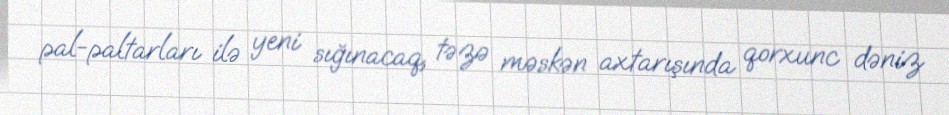
pal-paltarları ilə yeni sığınacaq, təzə məskən axtarışında qorxunc dəniz